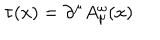
\tau ( x ) = \partial ^ { \mu } A _ { \mu } ^ { \omega } ( x )